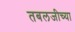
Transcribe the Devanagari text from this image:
तबलजीच्या